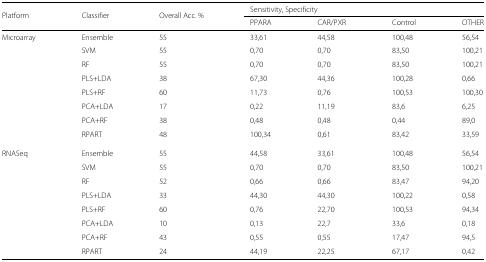
<table><thead><tr><td><b>Platform</b></td><td><b>Classifier</b></td><td><b>Overall Acc. %</b></td><td colspan="3"><b>Sensitivity, Specificity</b></td><td>[EMPTY_CELL]</td></tr><tr><td>[EMPTY_CELL]</td><td>[EMPTY_CELL]</td><td>[EMPTY_CELL]</td><td><b>PPARA</b></td><td><b>CAR/PXR</b></td><td><b>Control</b></td><td><b>OTHER</b></td></tr></thead><tbody><tr><td>Microarray</td><td>Ensemble</td><td>55</td><td>33,61</td><td>44,58</td><td>100,48</td><td>56,54</td></tr><tr><td>[EMPTY_CELL]</td><td>SVM</td><td>55</td><td>0,70</td><td>0,70</td><td>83,50</td><td>100,21</td></tr><tr><td>[EMPTY_CELL]</td><td>RF</td><td>55</td><td>0,70</td><td>0,70</td><td>83,50</td><td>100,21</td></tr><tr><td>[EMPTY_CELL]</td><td>PLS+LDA</td><td>38</td><td>67,30</td><td>44,36</td><td>100,28</td><td>0,66</td></tr><tr><td>[EMPTY_CELL]</td><td>PLS+RF</td><td>60</td><td>11,73</td><td>0,76</td><td>100,53</td><td>100,30</td></tr><tr><td>[EMPTY_CELL]</td><td>PCA+LDA</td><td>17</td><td>0,22</td><td>11,19</td><td>83,6</td><td>6,25</td></tr><tr><td>[EMPTY_CELL]</td><td>PCA+RF</td><td>38</td><td>0,48</td><td>0,48</td><td>0,44</td><td>89,0</td></tr><tr><td>[EMPTY_CELL]</td><td>RPART</td><td>48</td><td>100,34</td><td>0,61</td><td>83,42</td><td>33,59</td></tr><tr><td>RNASeq</td><td>Ensemble</td><td>55</td><td>44,58</td><td>33,61</td><td>100,48</td><td>56,54</td></tr><tr><td>[EMPTY_CELL]</td><td>SVM</td><td>55</td><td>0,70</td><td>0,70</td><td>83,50</td><td>100,21</td></tr><tr><td>[EMPTY_CELL]</td><td>RF</td><td>52</td><td>0,66</td><td>0,66</td><td>83,47</td><td>94,20</td></tr><tr><td>[EMPTY_CELL]</td><td>PLS+LDA</td><td>33</td><td>44,30</td><td>44,30</td><td>100,22</td><td>0,58</td></tr><tr><td>[EMPTY_CELL]</td><td>PLS+RF</td><td>60</td><td>0,76</td><td>22,70</td><td>100,53</td><td>94,34</td></tr><tr><td>[EMPTY_CELL]</td><td>PCA+LDA</td><td>10</td><td>0,13</td><td>22,7</td><td>33,6</td><td>0,18</td></tr><tr><td>[EMPTY_CELL]</td><td>PCA+RF</td><td>43</td><td>0,55</td><td>0,55</td><td>17,47</td><td>94,5</td></tr><tr><td>[EMPTY_CELL]</td><td>RPART</td><td>24</td><td>44,19</td><td>22,25</td><td>67,17</td><td>0,42</td></tr></tbody></table>